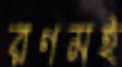
রণমই